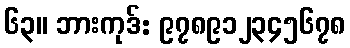
၆၃။ ဘားကုဒ်: ၉၇၈၉၁၂၃၄၅၆၇၈